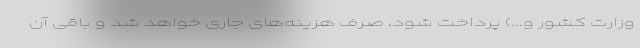
وزارت کشور و...) پرداخت شود، صرف هزینه‌های جاری خواهد شد و باقی آن